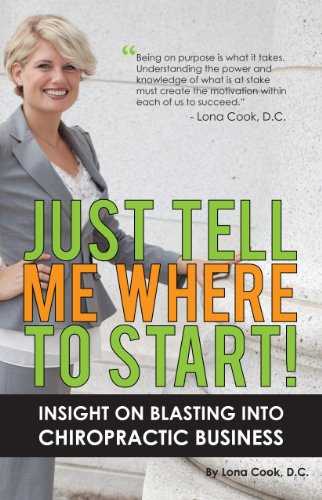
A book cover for Just Tell Me Where to Start! Insight on Blasting Into Chiropractic Business; Lona J. Cook; Medical Books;